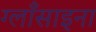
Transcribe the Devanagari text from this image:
ग्लाँसाइना